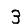
Digit: 3